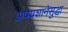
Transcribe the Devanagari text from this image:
अपयशानेसुद्धा